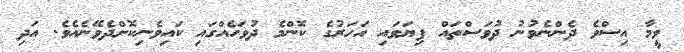
ވީމާ އިސްވެ ދެންނެވުނު ދުވަސްތައް ފިޔަވައި އަހަރުގެ ކޮންމެ ދުވަހެއްގައި ކައިވެނިކޮށްދެވޭނެއެވެ. އަދި